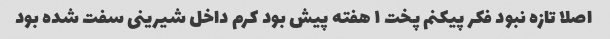
اصلا تازه نبود فکر پیکنم پخت ۱ هفته پیش بود کرم داخل شیرینی سفت شده بود